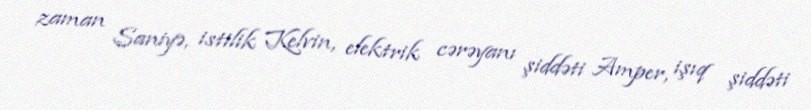
zaman Saniyə, istilik Kelvin, elektrik cərəyanı şiddəti Amper, işıq şiddəti